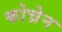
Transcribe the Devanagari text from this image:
कोच्रेन